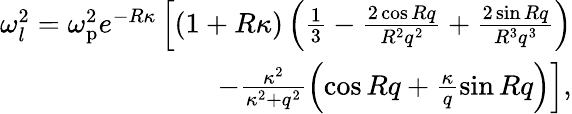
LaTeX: \begin{array}{r}{\omega_{l}^{2}=\omega_{\mathrm{p}}^{2}e^{-R\kappa}\left[\left(1+R\kappa\right)\left(\frac{1}{3}-\frac{2\cos Rq}{R^{2}q^{2}}+\frac{2\sin Rq}{R^{3}q^{3}}\right)\right.}\\ {\left.-\frac{\kappa^{2}}{\kappa^{2}+q^{2}}\left(\cos Rq+\frac{\kappa}{q}\sin Rq\right)\right],}\end{array}